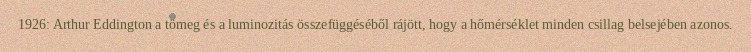
1926: Arthur Eddington a tömeg és a luminozitás összefüggéséből rájött, hogy a hőmérséklet minden csillag belsejében azonos.